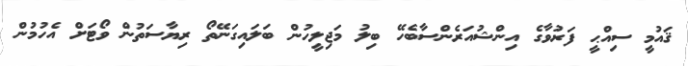
ޤައުމީ ސިއްޙީ ފަރުވާގެ އިންޝުއަރެންސާބެހޭ ބިލު މަޖިލީހުން ބަލައިގަނޭތޯ ރިޔާސަތުން ވޯޓަށް އެހުމުން